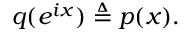
q ( e ^ { i x } ) \triangleq p ( x ) .